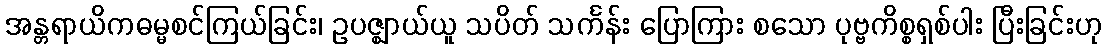
အန္တရာယိကဓမ္မစင်ကြယ်ခြင်း၊ ဥပဇ္ဈာယ်ယူ သပိတ် သင်္ကန်း ပြောကြား စသော ပုဗ္ဗကိစ္စရှစ်ပါး ပြီးခြင်းဟု